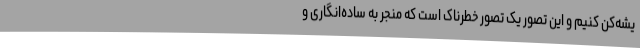
یشه‌کن کنیم و این تصور یک تصور خطرناک است که منجر به ساده‌انگاری و